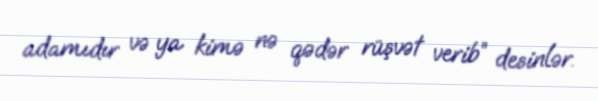
adamıdır və ya kimə nə qədər rüşvət verib” desinlər.